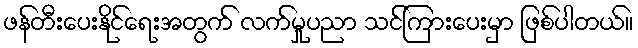
ဖန်တီးပေးနိုင်ရေးအတွက် လက်မှုပညာ သင်ကြားပေးမှာ ဖြစ်ပါတယ်။